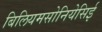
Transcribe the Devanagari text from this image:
बिलियमसोनियेसिई